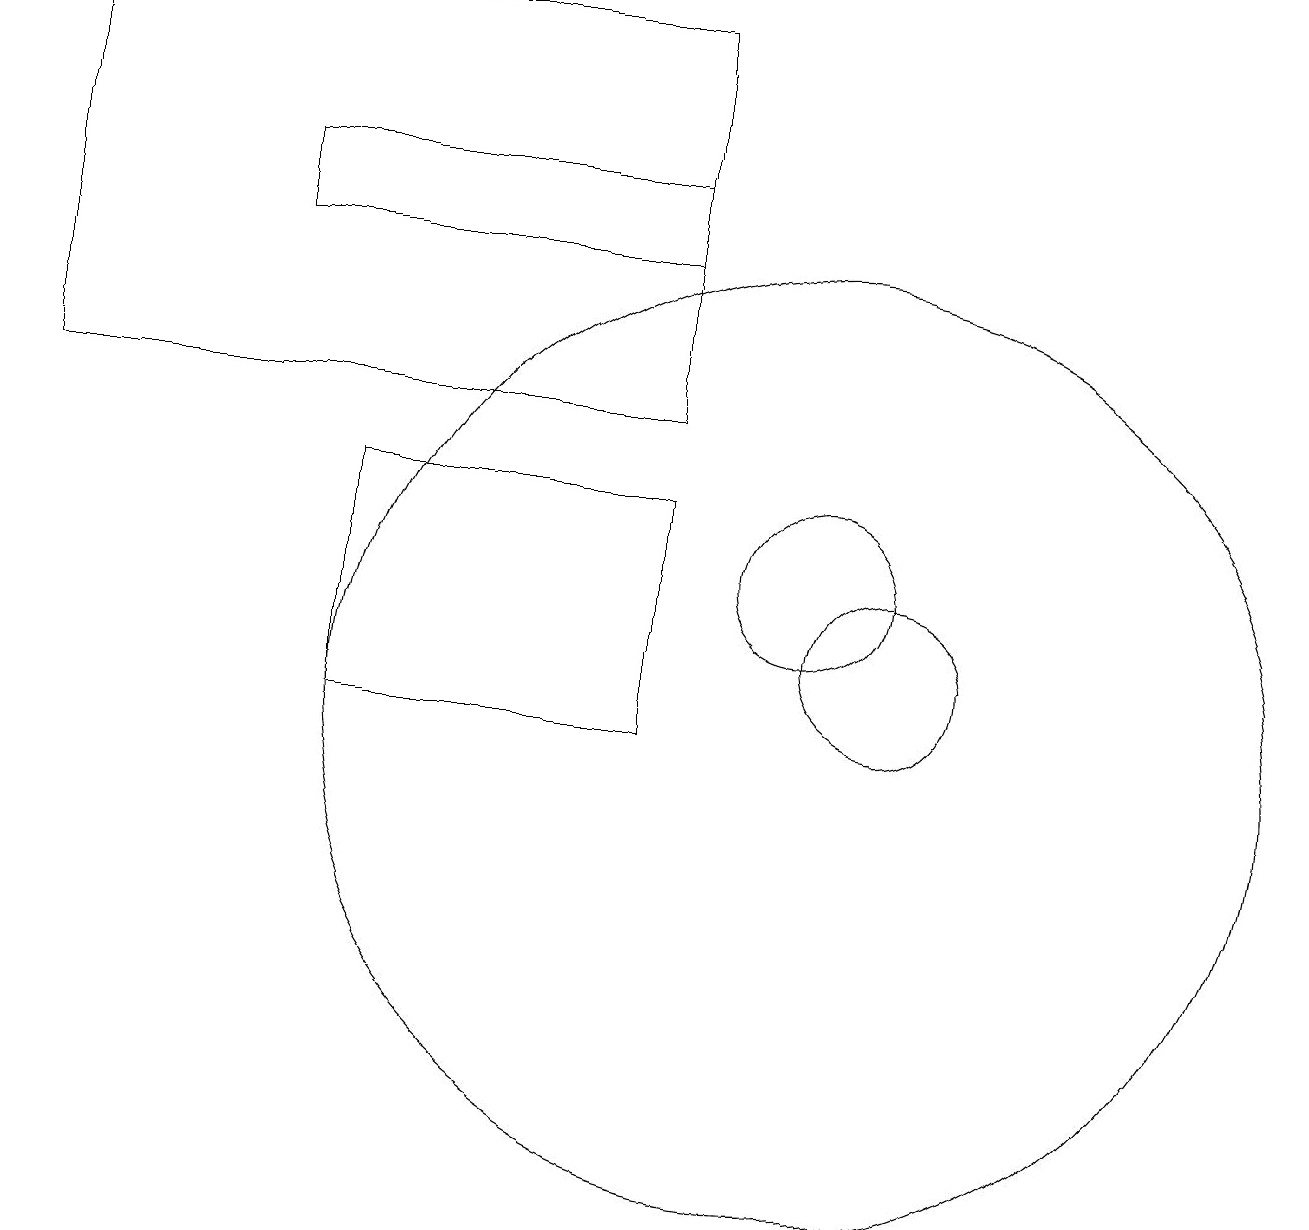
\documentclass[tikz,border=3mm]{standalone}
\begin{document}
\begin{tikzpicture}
\draw (10,10) circle (6);
\draw (8,13) rectangle (4,10);
\draw (11,11) circle (1);
\draw (10,12) circle (1);
\draw (11,11) circle (0);
\draw (3,17) rectangle (8,16);
\draw (8,19) rectangle (0,14);
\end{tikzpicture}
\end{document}